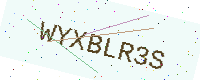
Text: WYXBLR3S